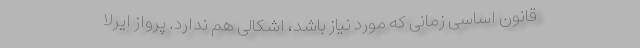
قانون اساسی زمانی که مورد نیاز باشد، اشکالی هم ندارد. پرواز ایرلا